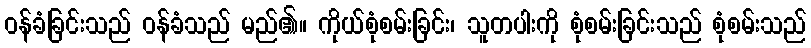
ဝန်ခံခြင်းသည် ဝန်ခံသည် မည်၏။ ကိုယ်စုံစမ်းခြင်း၊ သူတပါးကို စုံစမ်းခြင်းသည် စုံစမ်းသည်